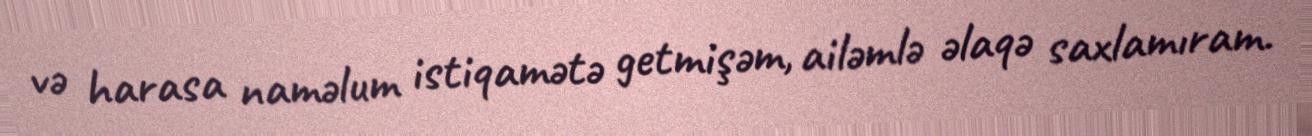
və harasa naməlum istiqamətə getmişəm, ailəmlə əlaqə saxlamıram.